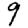
Digit: 9